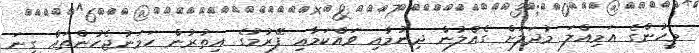
މީހުންގެ އަމިއްލަ މުދަލަށް ގެއްލުން ދިނުމާއި ވައްކަމާއި ފޭރުމުގެ އިތުރުން ހަމަނުޖެހުންތައް ގިނަ